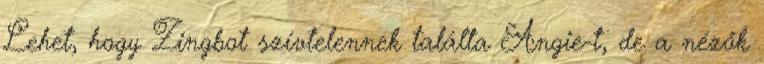
Lehet, hogy Zingbot szívtelennek találta Angie-t, de a nézők